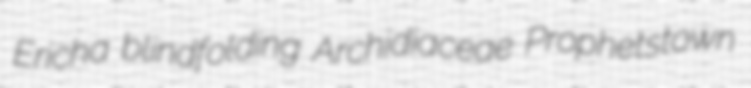
Ericha blindfolding Archidiaceae Prophetstown